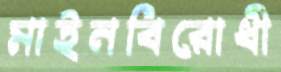
মাইনবিরোধী